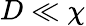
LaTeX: D\ll\chi